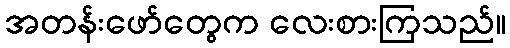
အတန်းဖော်တွေက လေးစားကြသည်။